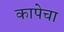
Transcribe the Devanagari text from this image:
कापेचा